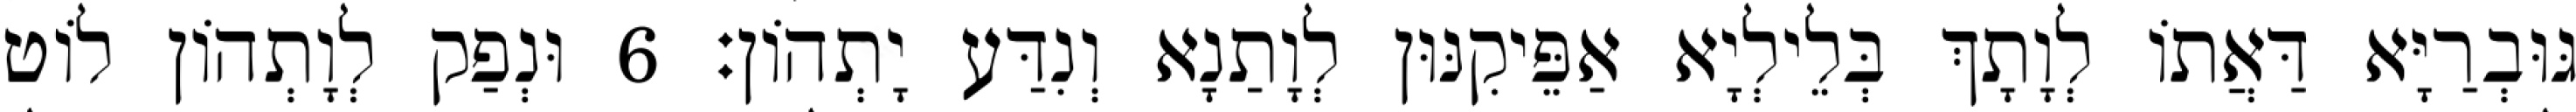
גּוּבְרַיָּא דַּאֲתוֹ לְוָתָךְ בְּלֵילְיָא אַפֵּיקִנּוּן לְוָתַנָא וְנִדַּע יָתְהוֹן׃ 6 וּנְפַק לְוָתְהוֹן לוֹט